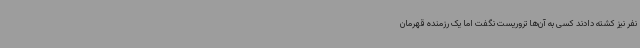
نفر نیز کشته دادند کسی به آن‌ها تروریست نگفت اما یک رزمنده قهرمان